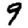
Digit: 9